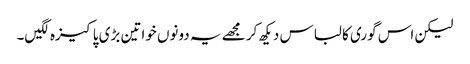
لیکن اس گوری کا لباس دیکھ کر مجھے یہ دونوں خواتین بڑی پاکیزہ لگیں۔